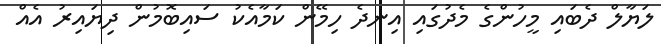
ލަޔާލް ދެބައި މީހުންގެ މެދުގައި އިނދެ ހިމޭން ކަމާއެކު ސައިބޮމުން ދިޔައިރު އެއް